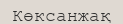
Көксанжақ